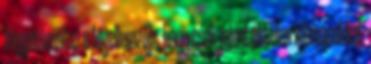
függetlenül az a fő jellemzője, hogy csak jelentéktelen kihívásokkal,